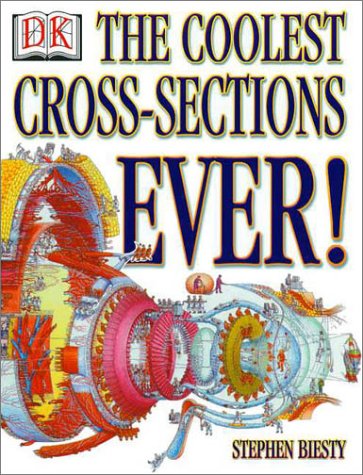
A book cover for The Coolest Cross-Sections Ever!; Richard Platt; Children's Books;